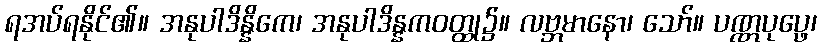
ရအပ်ရနိုင်၏။ အနုပါဒိန္နိကေ၊ အနုပါဒိန္နကဝတ္ထု၌။ လဗ္ဘမာနော၊ သော်။ ပဏ္ဏပုပ္ဖေ၊